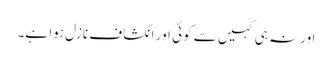
اورنہ ہی کہیں سے کوئی اور انکشاف نازل ہوا ہے۔